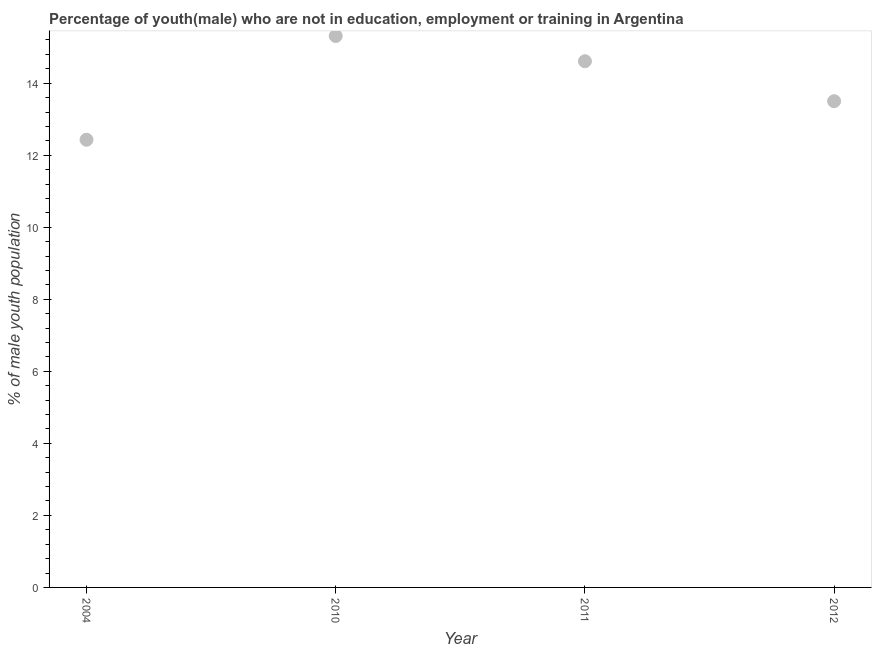
| Year | Unemployed(male) |
 | --- | --- |
 | 2004 | 12.4 |
 | 2010 | 15.3 |
 | 2011 | 14.6 |
 | 2012 | 13.5 |